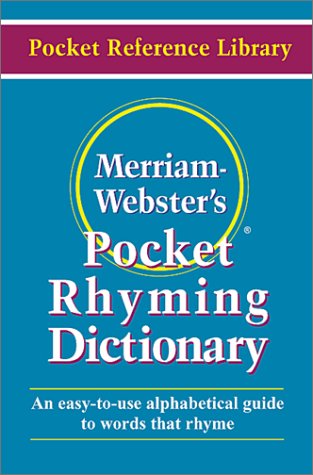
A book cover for Merriam Webster's Pocket Rhyming Dictionary (Pocket Reference Library); Merriam-Webster; Reference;